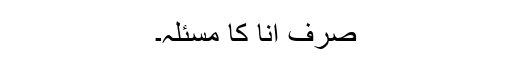
صرف انا کا مسئلہ۔